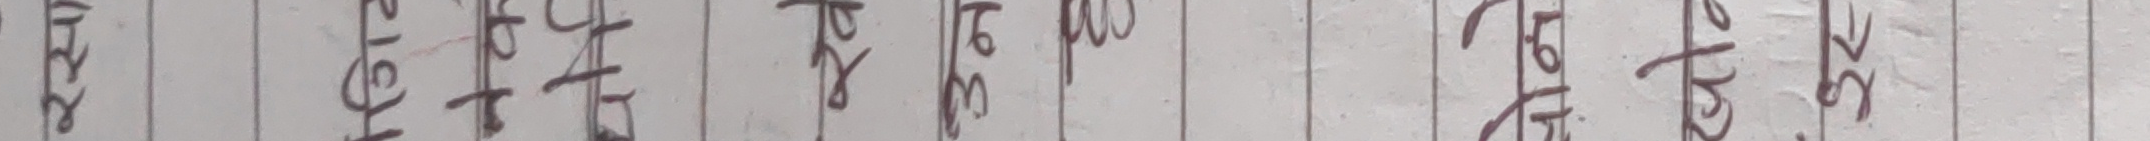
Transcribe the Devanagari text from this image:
असहाय प्रसङ्ग १५१